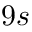
9 s